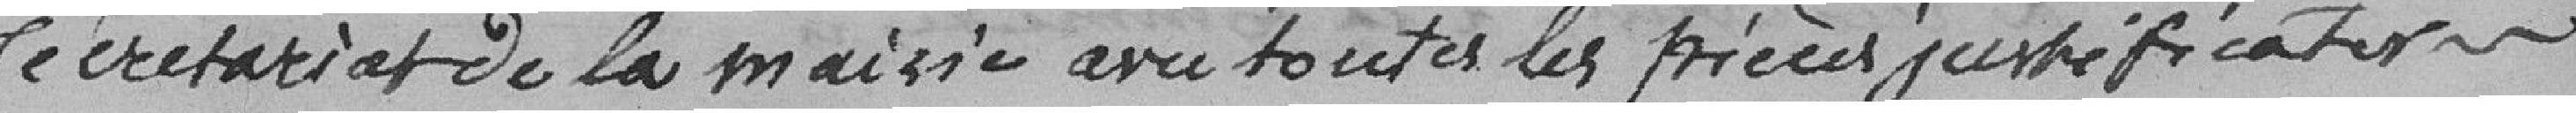
secrétariat de la mairie avec toutes les pièces justificatives